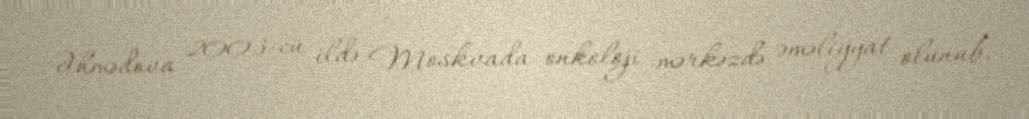
Əhmədova 2003-cü ildə Moskvada onkoloji mərkəzdə əməliyyat olunub.